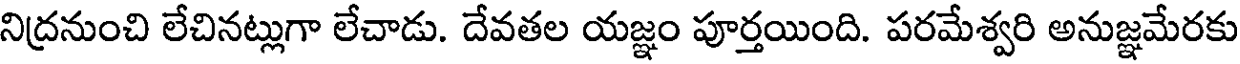
నిద్రనుంచి లేచినట్లుగా లేచాడు. దేవతల యజ్ఞం పూర్తయింది. పరమేశ్వరి అనుజ్ఞమేరకు